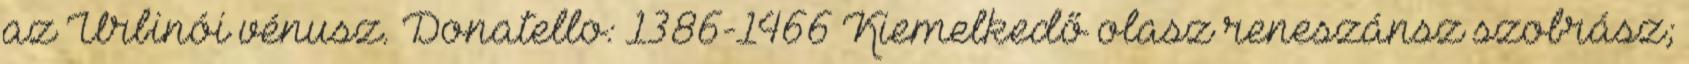
az Urbinói vénusz. Donatello: 1386-1466 Kiemelkedő olasz reneszánsz szobrász;